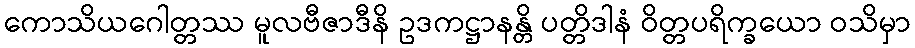
ကောသိယဂေါတ္တဿ မူလဗီဇာဒီနိ ဥဒကဋ္ဌာနန္တိ ပတ္တိဒါနံ ဝိတ္တပရိက္ခယော ဝသိမှာ